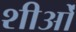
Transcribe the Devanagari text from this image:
शीओं